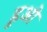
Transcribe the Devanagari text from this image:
ह्रुओ